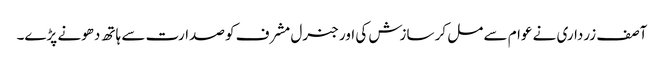
آصف زرداری نے عوام سے مل کر سازش کی اور جنرل مشرف کو صدارت سے ہاتھ دھونے پڑے۔